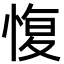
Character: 愎